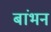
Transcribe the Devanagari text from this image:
बांभन